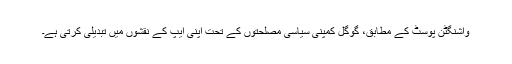
واشنگٹن پوسٹ کے مطابق، گوگل کمپنی سیاسی مصلحتوں کے تحت اپنی ایپ کے نقشوں میں تبدیلی کرتی ہے۔